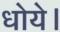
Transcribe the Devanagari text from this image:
धोये।